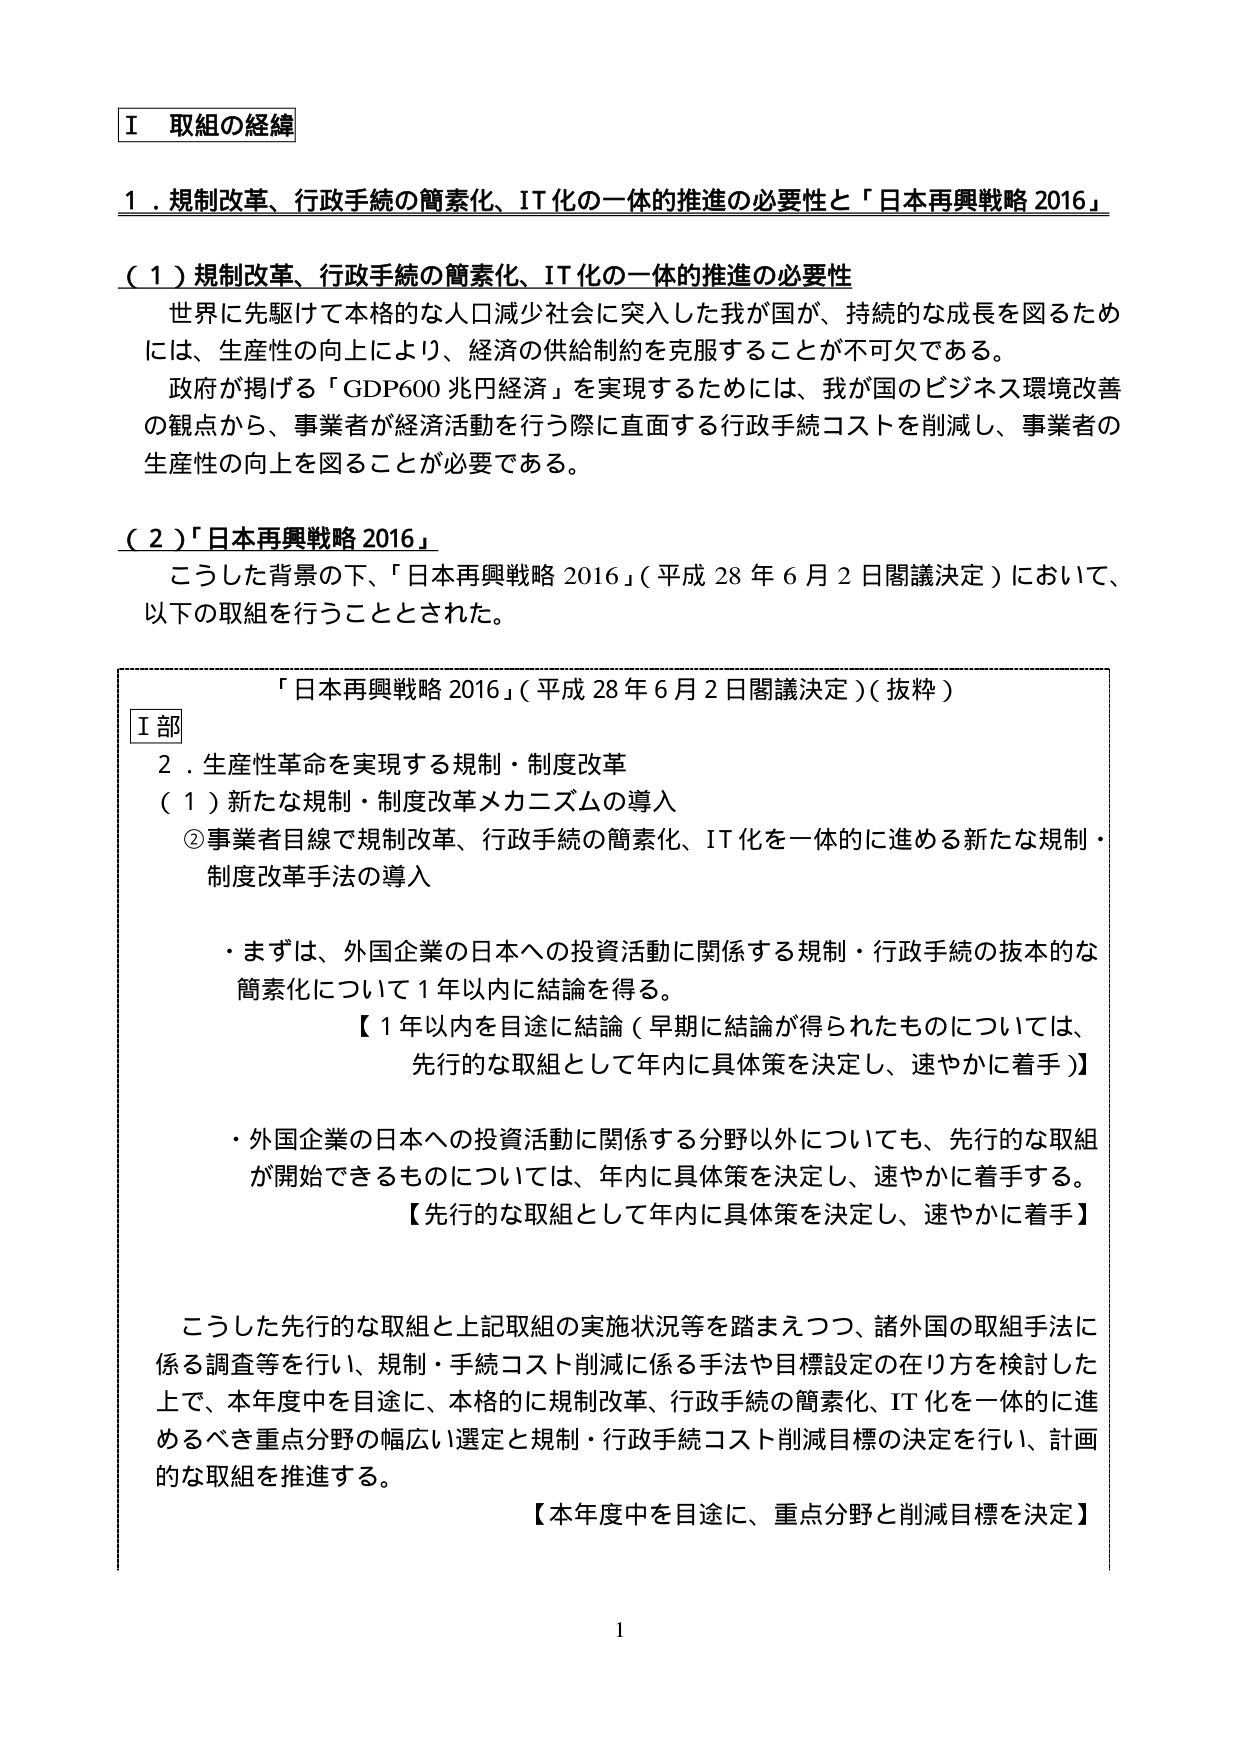
Ⅰ 取組の経緯

１．規制改革、行政手続の簡素化、IT化の一体的推進の必要性と「日本再興戦略2016」

（１）規制改革、行政手続の簡素化、IT化の一体的推進の必要性
世界に先駆けて本格的な人口減少社会に突入した我が国が、持続的な成長を図るためには、生産性の向上により、経済の供給制約を克服することが不可欠である。
政府が掲げる「GDP600兆円経済」を実現するためには、我が国のビジネス環境改善の観点から、事業者が経済活動を行う際に直面する行政手続コストを削減し、事業者の生産性の向上を図ることが必要である。

（２）「日本再興戦略2016」
こうした背景の下、「日本再興戦略2016」（平成28年6月2日閣議決定）において、以下の取組を行うこととされた。

「日本再興戦略2016」（平成28年6月2日閣議決定）（抜粋）
Ⅰ部
２．生産性革命を実現する規制・制度改革
（１）新たな規制・制度改革メカニズムの導入
②事業者目線で規制改革、行政手続の簡素化、IT化を一体的に進める新たな規制・制度改革手法の導入

・まずは、外国企業の日本への投資活動に関係する規制・行政手続の抜本的な簡素化について1年以内に結論を得る。
【1年以内を目途に結論（早期に結論が得られたものについては、先行的な取組として年内に具体策を決定し、速やかに着手）】

・外国企業の日本への投資活動に関係する分野以外についても、先行的な取組が開始できるものについては、年内に具体策を決定し、速やかに着手する。
【先行的な取組として年内に具体策を決定し、速やかに着手】

こうした先行的な取組と上記取組の実施状況等を踏まえつつ、諸外国の取組手法に係る調査等を行い、規制・手続コスト削減に係る手法や目標設定の在り方を検討した上で、本年度中を目途に、本格的に規制改革、行政手続の簡素化、IT化を一体的に進めるべき重点分野の幅広い選定と規制・行政手続コスト削減目標の決定を行い、計画的な取組を推進する。
【本年度中を目途に、重点分野と削減目標を決定】

1